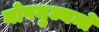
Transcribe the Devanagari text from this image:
नोपयुज्यन्ते